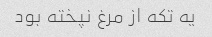
یه تکه از مرغ نپخته بود